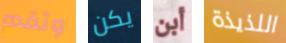
وتقدم يكن أبن اللذيذة